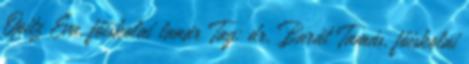
Opitz Éva, főiskolai tanár Tag: dr. Barát Tamás, főiskolai